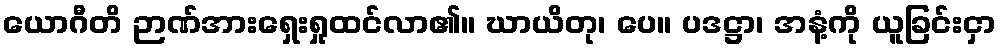
ယောဂီတိ ဉာဏ်အားရှေးရှုထင်လာ၏။ ဃာယိတု၊ ပေ။ ပဒဋ္ဌာ၊ အနံ့ကို ယူခြင်းငှာ